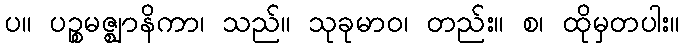
ပ။ ပဉ္စမဇ္ဈာနိကာ၊ သည်။ သုခုမာဝ၊ တည်း။ စ၊ ထိုမှတပါး။